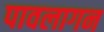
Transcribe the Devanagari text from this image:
पावलागन